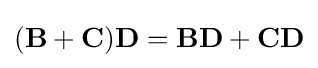
(\mathbf {B} +\mathbf {C} )\mathbf {D} =\mathbf {BD} +\mathbf {CD}